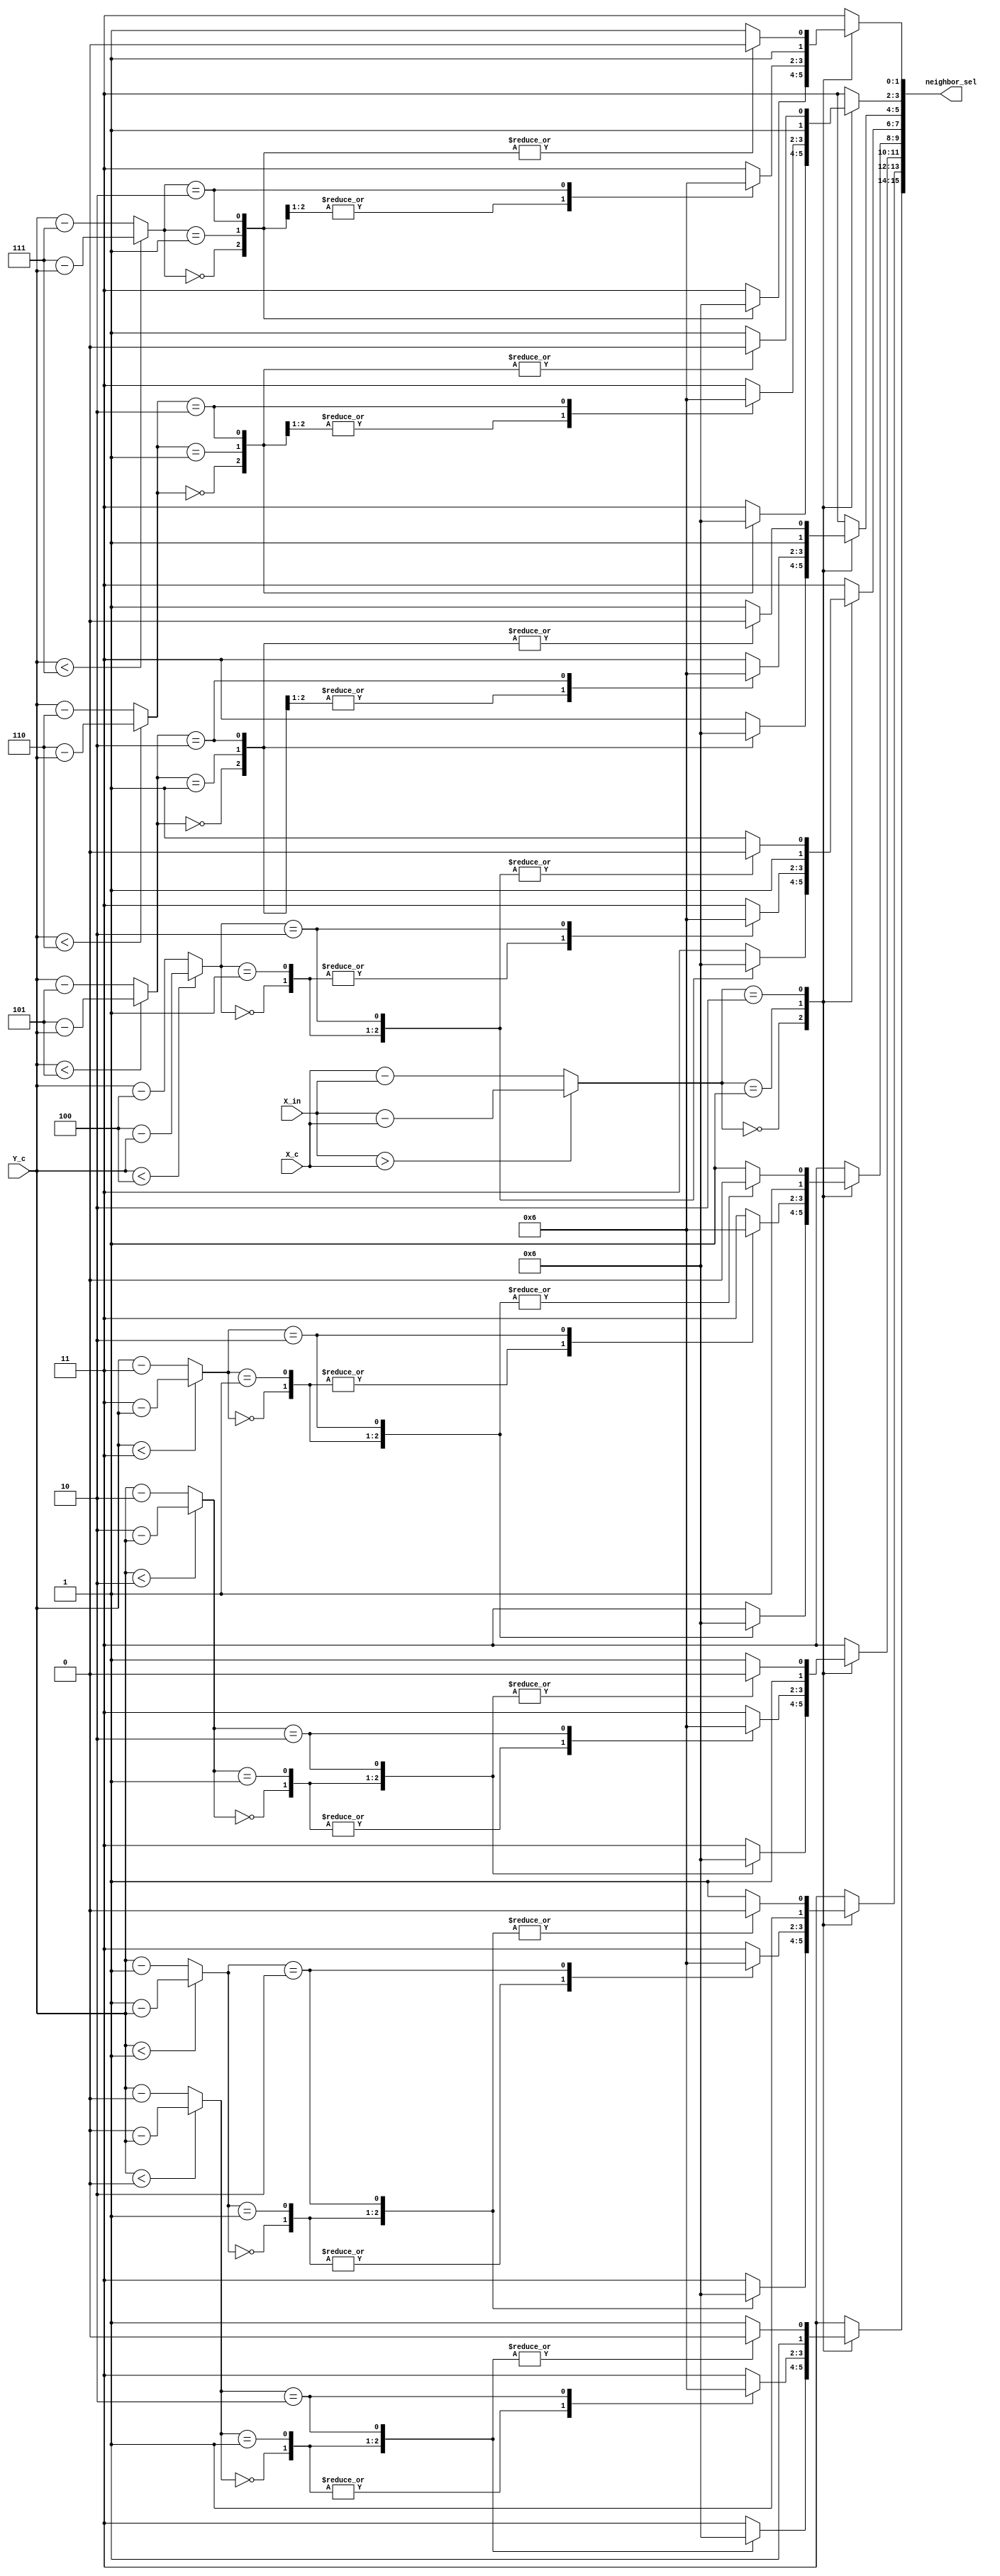
/////////////////////////////////////////////////////////////////////
// ---------------------- IVCAD 2022 Spring ---------------------- //
// ---------------------- Version : v.1.10  ---------------------- //
// ---------------------- Date : 2022.04.13 ---------------------- //
// ------------------------- USS module ---------------------------//
// ----------------- Feb. 2022 Willie authored --------------------//
/////////////////////////////////////////////////////////////////////

module USS(X_in, X_c, Y_c, neighbor_sel);		//clk, rst, 

// ---------------------- input  ---------------------- //
	//input clk;
	//input rst;
	input [2:0] X_in;
	input [2:0] X_c;
	input [2:0] Y_c;

// ---------------------- output  ---------------------- //
	output [15:0] neighbor_sel;
	//output reg [1:0] sel0_out,sel1_out,sel2_out,sel3_out,sel4_out,sel5_out,sel6_out,sel7_out;
	
// ---------------------- Write down Your design below  ---------------------- //
	wire [2:0] delta_X;
	wire [2:0] delta_Y [7:0];
	reg [1:0] sel [7:0];

	integer i;

	//abs_delta
	assign delta_X= (X_in>X_c) ? X_in-X_c : X_c-X_in;		

	assign delta_Y[0]= (Y_c<3'd0 ) ? 3'd0-Y_c : Y_c-3'd0;
	assign delta_Y[1]= (Y_c<3'd1 ) ? 3'd1-Y_c : Y_c-3'd1;
	assign delta_Y[2]= (Y_c<3'd2 ) ? 3'd2-Y_c : Y_c-3'd2;
	assign delta_Y[3]= (Y_c<3'd3 ) ? 3'd3-Y_c : Y_c-3'd3;
	assign delta_Y[4]= (Y_c<3'd4 ) ? 3'd4-Y_c : Y_c-3'd4;
	assign delta_Y[5]= (Y_c<3'd5 ) ? 3'd5-Y_c : Y_c-3'd5;
	assign delta_Y[6]= (Y_c<3'd6 ) ? 3'd6-Y_c : Y_c-3'd6;
	assign delta_Y[7]= (Y_c<3'd7 ) ? 3'd7-Y_c : Y_c-3'd7;

	assign neighbor_sel={sel[0],sel[1],sel[2],sel[3],sel[4],sel[5],sel[6],sel[7]};

/*

	always @(*) 
	begin		
		sel0_out= sel[0];
		sel1_out= sel[1];
		sel2_out= sel[2];
		sel3_out= sel[3];
		sel4_out= sel[4];
		sel5_out= sel[5];
		sel6_out= sel[6];
		sel7_out= sel[7];
	end
*/
	//combinational
	always @(*) 
	begin
		case (delta_X)
			3'd0:	// .. 0.125 0.25 1 0.25 0.125 ..
			begin
				for (i = 0; i<8 ;i=i+1 ) 
				begin
					case (delta_Y[i])
						3'd0:
						begin
							sel[i]=2'b00;
						end 
						3'd1:
						begin
							sel[i]=2'b01;							
						end
						3'd2:
						begin
							sel[i]=2'b10;
						end
						default:
						begin
							sel[i]=2'b11;
						end 
					endcase	
				end
			end
			3'd1: 	// .. 0.125 0.25 0.25 0.25 0.125 ..
			begin
				for (i = 0; i<8 ;i=i+1 ) 
				begin
					case (delta_Y[i])
						3'd0:
						begin
							sel[i]=2'b01;
						end 
						3'd1:
						begin
							sel[i]=2'b01;							
						end
						3'd2:
						begin
							sel[i]=2'b10;
						end
						default:
						begin
							sel[i]=2'b11;
						end 
					endcase	
				end
			end
			3'd2:	// .. 0.125 0.125 0.125 0.125 0.125 ..
			begin
				for (i = 0; i<8 ;i=i+1 ) 
				begin
					case (delta_Y[i])
						3'd0:
						begin
							sel[i]=2'b10;
						end 
						3'd1:
						begin
							sel[i]=2'b10;							
						end
						3'd2:
						begin
							sel[i]=2'b10;
						end
						default:
						begin
							sel[i]=2'b11;
						end 
					endcase	
				end
			end
			default: 	//11
			begin
				for (i=0 ;i<8 ;i=i+1) 
				begin
					sel[i]=2'b11;						
				end
			end
		endcase
	end




endmodule